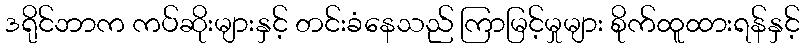
ဒရိုင်ဘာက ကပ်ဆိုးများနှင့် တင်းခံနေသည် ကြာမြင့်မှုများ စိုက်ထူထားရန်နှင့်